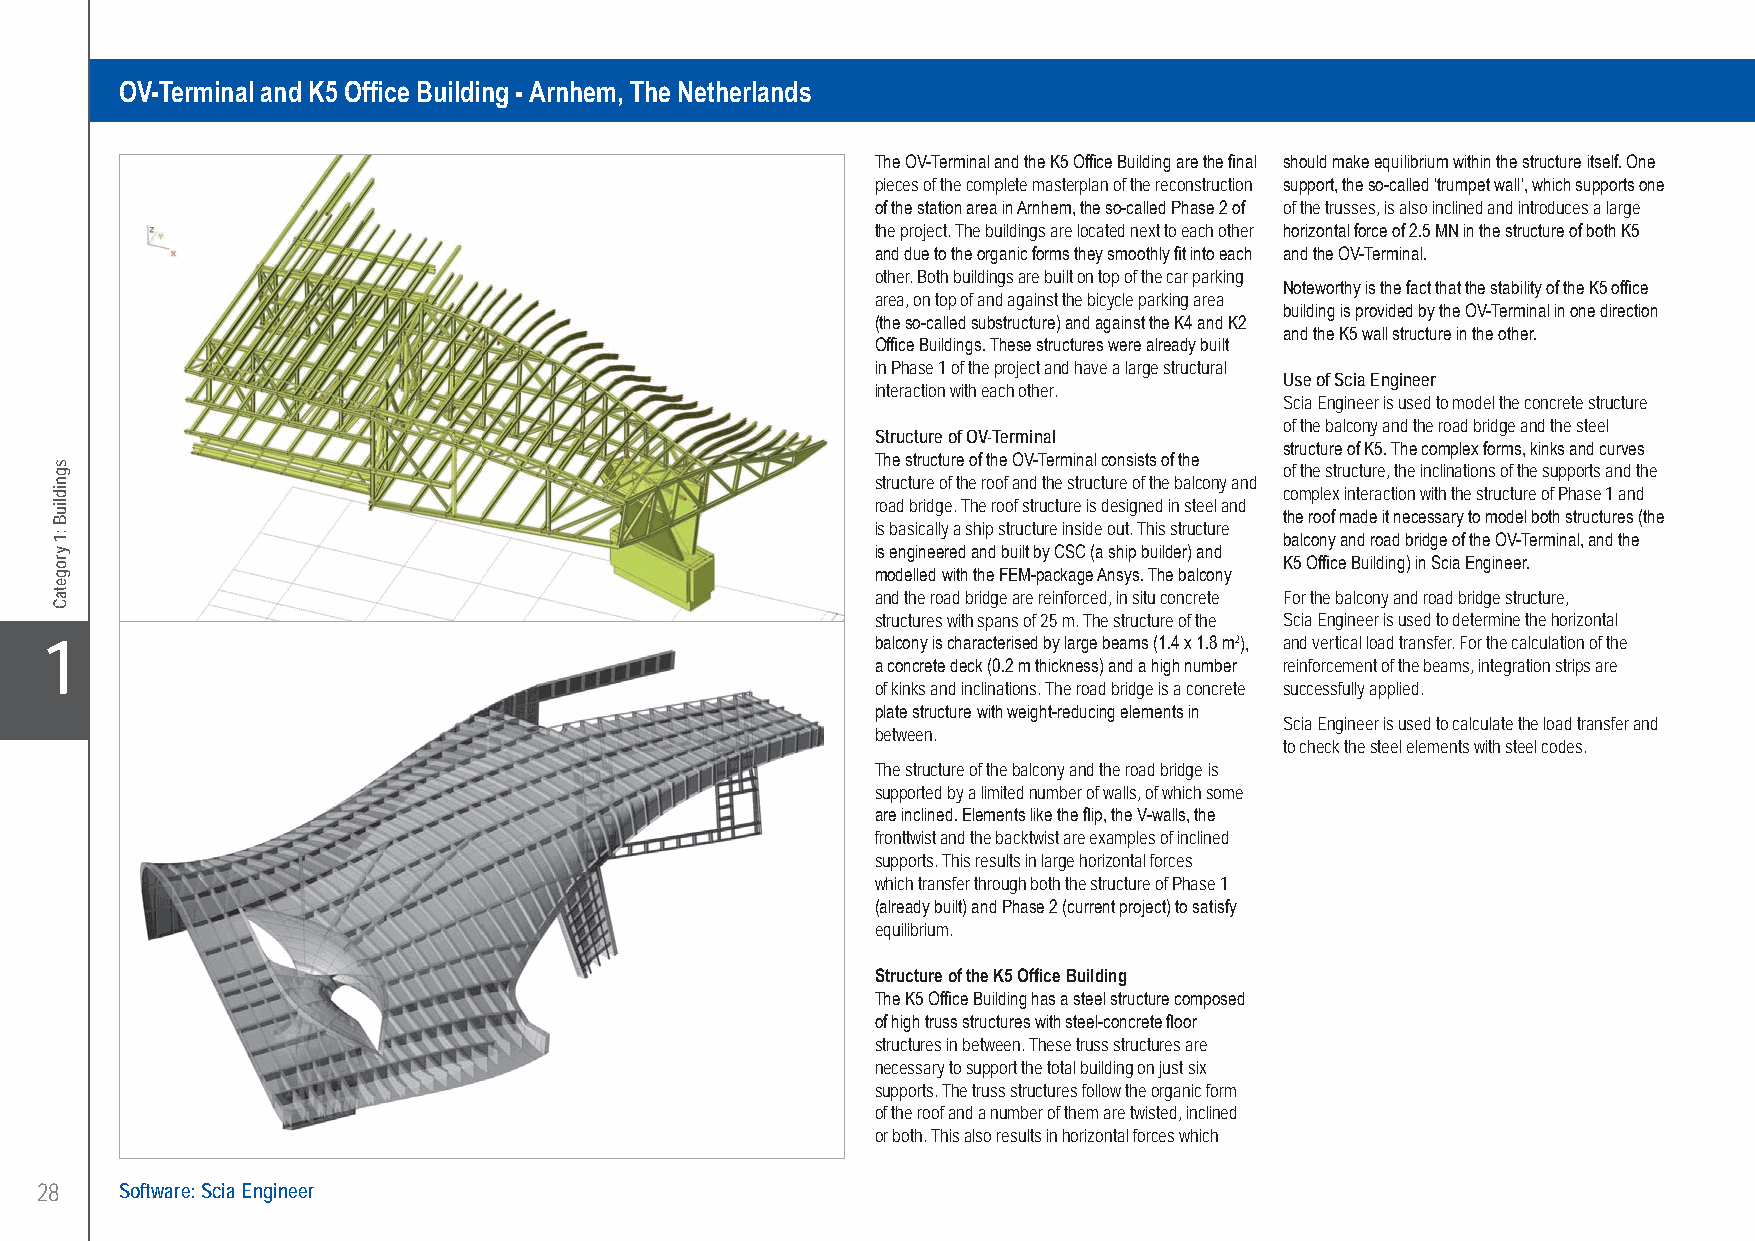
BAM Advies & Engineering OV-Terminal and K5 Office Building - Arnhem, The Netherlands
 OV-Terminal and K5 Office Building - Arnhem, The Netherlands
 The OV-Terminal and the K5 Office Building are the final should make equilibrium within the structure itself. One
 pieces of the complete masterplan of the reconstruction support, the so-called ‘trumpet wall’, which supports one
 of the station area in Arnhem, the so-called Phase 2 of of the trusses, is also inclined and introduces a large
 the project. The buildings are located next to each other horizontal force of 2.5 MN in the structure of both K5
 and due to the organic forms they smoothly fit into each and the OV-Terminal.
 other. Both buildings are built on top of the car parking
 Noteworthy is the fact that the stability of the K5 office
 area, on top of and against the bicycle parking area
 building is provided by the OV-Terminal in one direction
 (the so-called substructure) and against the K4 and K2
 and the K5 wall structure in the other.
 Office Buildings. These structures were already built
 in Phase 1 of the project and have a large structural
 Use of Scia Engineer
 interaction with each other.
 Scia Engineer is used to model the concrete structure
 of the balcony and the road bridge and the steel
 Structure of OV-Terminal
 structure of K5. The complex forms, kinks and curves
 The structure of the OV-Terminal consists of the of the structure, the inclinations of the supports and the
 structure of the roof and the structure of the balcony and
 complex interaction with the structure of Phase 1 and
 road bridge. The roof structure is designed in steel and
 the roof made it necessary to model both structures (the
 is basically a ship structure inside out. This structure
 balcony and road bridge of the OV-Terminal, and the
 is engineered and built by CSC (a ship builder) and
 K5 Office Building) in Scia Engineer.
 modelled with the FEM-package Ansys. The balcony
 and the road bridge are reinforced, in situ concrete For the balcony and road bridge structure,
 structures with spans of 25 m. The structure of the Scia Engineer is used to determine the horizontal
 X1                                                     balcony is characterised by large beams (1.4 x 1.8 m2), and vertical load transfer. For the calculation of the
 a concrete deck (0.2 m thickness) and a high number reinforcement of the beams, integration strips are
 of kinks and inclinations. The road bridge is a concrete successfully applied.
 plate structure with weight-reducing elements in
 Scia Engineer is used to calculate the load transfer and
 between.
 to check the steel elements with steel codes.
 The structure of the balcony and the road bridge is
 supported by a limited number of walls, of which some
 are inclined. Elements like the flip, the V-walls, the
 fronttwist and the backtwist are examples of inclined
 supports. This results in large horizontal forces
 which transfer through both the structure of Phase 1
 (already built) and Phase 2 (current project) to satisfy
 equilibrium.
 Structure of the K5 Office Building
 The K5 Office Building has a steel structure composed
 of high truss structures with steel-concrete floor
 structures in between. These truss structures are
 necessary to support the total building on just six
 supports. The truss structures follow the organic form
 of the roof and a number of them are twisted, inclined
 or both. This also results in horizontal forces which
 28    Software: Scia Engineer
 UC-2013-Book-V8.indd 28                                                                                   7/11/2013 12:20:34 PM
 sgnidliuB
 :1
 yrogetaC